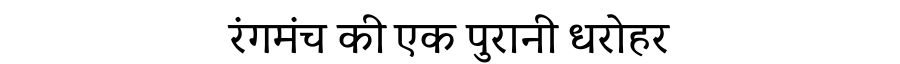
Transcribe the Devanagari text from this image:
रंगमंच की एक पुरानी धरोहर